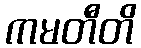
ကမတီတိ